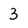
Character: 3